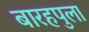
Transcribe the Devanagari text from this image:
बारहपुला